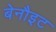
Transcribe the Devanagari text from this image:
बेनौइट